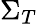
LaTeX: \Sigma_{T}